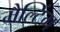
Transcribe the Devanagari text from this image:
मैल्टिंग